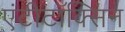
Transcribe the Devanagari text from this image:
एंटीटॉक्सिन